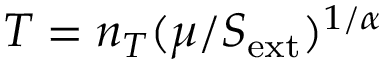
T = n _ { T } ( \mu / S _ { \mathrm { e x t } } ) ^ { 1 / \alpha }